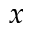
x